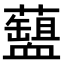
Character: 𧗘